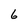
Character: 6